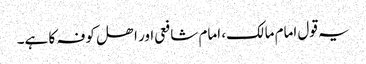
یہ قول امام مالک، امام شافعی اور اھل کوفہ کا ہے۔